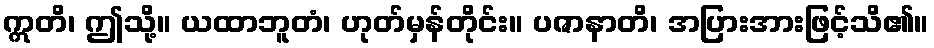
ဣတိ၊ ဤသို့။ ယထာဘူတံ၊ ဟုတ်မှန်တိုင်း။ ပဇာနာတိ၊ အပြားအားဖြင့်သိ၏။